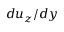
d u _ { z } / d y